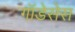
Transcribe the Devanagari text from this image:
गॉडेसेस